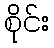
စိုင်း